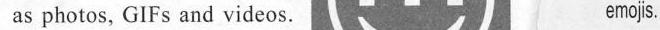
as photos, GIFs and videos. emojs.